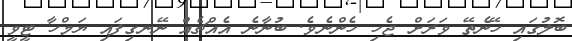
ބޮލުގައި ހޭނެތޭ ވަރަށް ޖެހި ހެންނެވެ. ބުނާނެ އެއްޗެއް ނޭނގިފައި ޔަމްހާ ޓީވީ